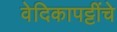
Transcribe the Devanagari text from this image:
वेदिकापट्टींचे